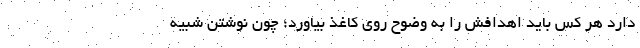
دارد هر کس باید اهدافش را به وضوح روی کاغذ بیاورد؛ چون نوشتن شبیه